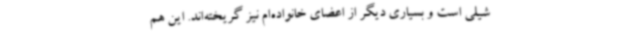
شیلی است و بسیاری دیگر از اعضای خانواده‌ام نیز گریخته‌اند. این هم